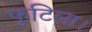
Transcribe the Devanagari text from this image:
फुटिला।